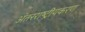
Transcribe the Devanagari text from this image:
अंतरराष्ट्रीयकरण